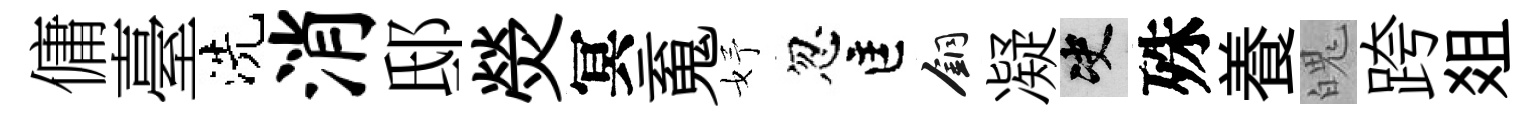
傭臺洗消邸熒冥䰟妤忽匡銅凝决殊養魄跨爼